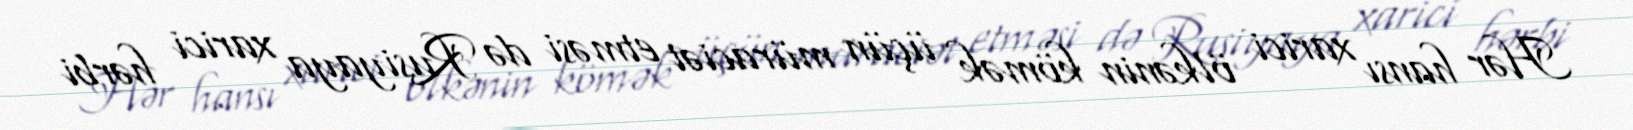
Hər hansı xarici ölkənin kömək üçün müraciət etməsi də Rusiyaya xarici hərbi